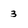
Character: 3